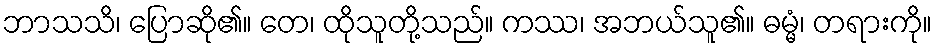
ဘာသသိ၊ ပြောဆို၏။ တေ၊ ထိုသူတို့သည်။ ကဿ၊ အဘယ်သူ၏။ ဓမ္မံ၊ တရားကို။